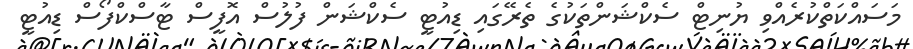
މަސައްކަތްކުރެއްވި ޔުނިޓް ސެކްޝަންތަކުގެ ތެރޭގައި ޑިއުޓީ ސެކްޝަން ފުލުސް އޮފީސް ޓާސްކްފޯސް ޑިއުޓީ